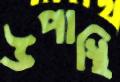
উপাস্থি